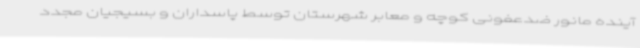
آینده مانور ضدعفونی کوچه و معابر شهرستان توسط پاسداران و بسیجیان مجدد